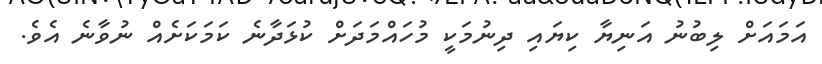
އަމައަށް ލިބުނު އަނިޔާ ކިޔައި ދިނުމަކީ މުހައްމަދަށް ކުޅަދާނެ ކަމަކަށެއް ނުވާނެ އެވެ.